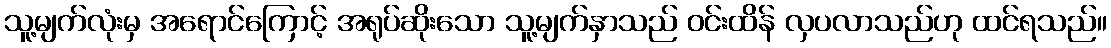
သူ့မျက်လုံးမှ အရောင်ကြောင့် အရုပ်ဆိုးသော သူ့မျက်နှာသည် ဝင်းထိန် လှပလာသည်ဟု ထင်ရသည်။